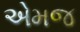
એમજ